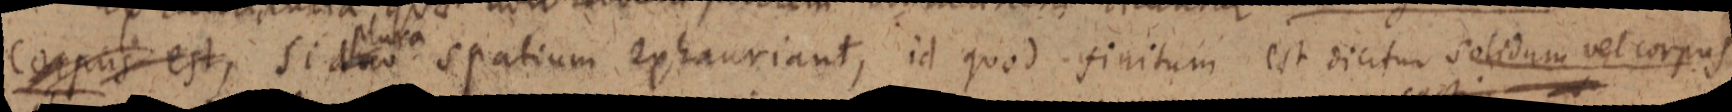
corpus est, si duo spatium exhauriant, id quod finitum est dicitur solidum vel corpus